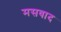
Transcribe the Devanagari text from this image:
मसवाद